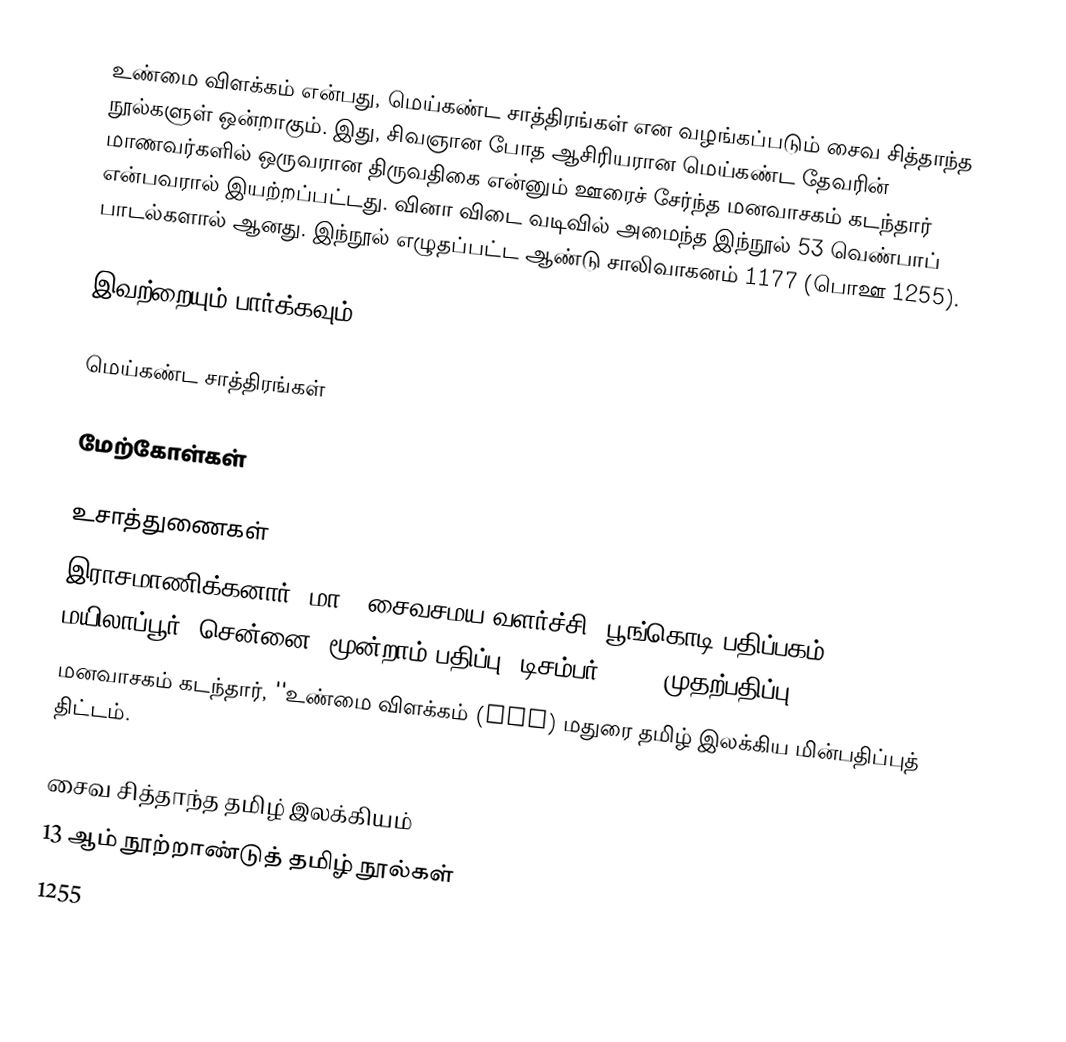
உண்மை விளக்கம் என்பது, மெய்கண்ட சாத்திரங்கள் என வழங்கப்படும் சைவ சித்தாந்த நூல்களுள் ஒன்றாகும். இது, சிவஞான போத ஆசிரியரான மெய்கண்ட தேவரின் மாணவர்களில் ஒருவரான திருவதிகை என்னும் ஊரைச் சேர்ந்த மனவாசகம் கடந்தார் என்பவரால் இயற்றப்பட்டது. வினா விடை வடிவில் அமைந்த இந்நூல் 53 வெண்பாப் பாடல்களால் ஆனது. இந்நூல் எழுதப்பட்ட ஆண்டு சாலிவாகனம் 1177 (பொஊ 1255).

இவற்றையும் பார்க்கவும்

 மெய்கண்ட சாத்திரங்கள்

மேற்கோள்கள்

உசாத்துணைகள்
 இராசமாணிக்கனார். மா., சைவசமய வளர்ச்சி, பூங்கொடி பதிப்பகம், மயிலாப்பூர், சென்னை, மூன்றாம் பதிப்பு: டிசம்பர் 1999 (முதற்பதிப்பு: 1958)
 மனவாசகம் கடந்தார், ''உண்மை விளக்கம் (PDF)  மதுரை தமிழ் இலக்கிய மின்பதிப்புத் திட்டம்.

சைவ சித்தாந்த தமிழ் இலக்கியம்
13 ஆம் நூற்றாண்டுத் தமிழ் நூல்கள்
1255